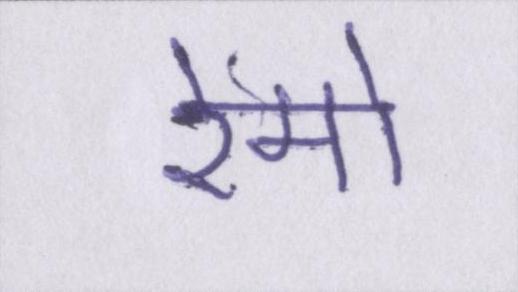
रेमो